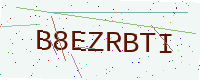
Text: B8EZRBTI